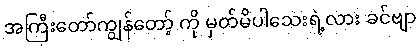
အကြီးတော်ကျွန်တော့် ကို မှတ်မိပါသေးရဲ့လား ခင်ဗျာ